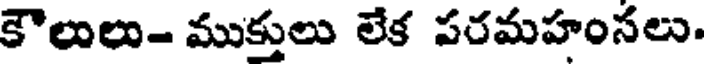
కౌలులు- ముక్తులు లేక పరమహంసలు.